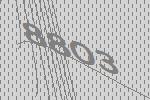
8803